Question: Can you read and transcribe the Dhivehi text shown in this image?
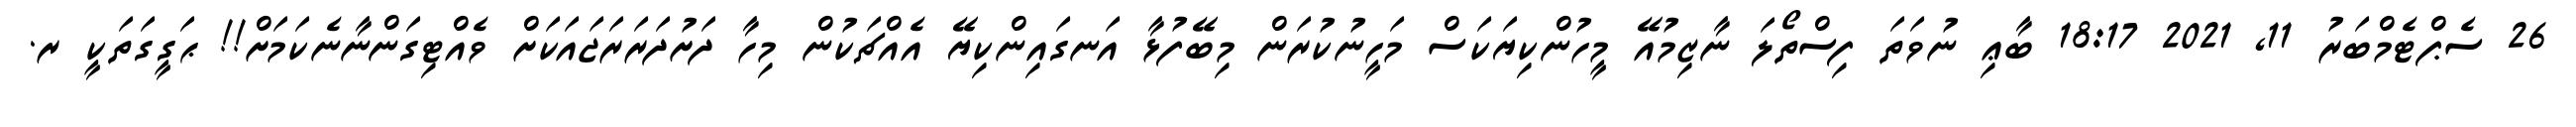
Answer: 26 ސެޕްޓެމްބަރު 11, 2021 18:17 ބާޢި ނުވަތަ ފިސްތޯލަ ނާޒިމުއޭ މީހުންކިޔަކަސް މަހީނުކުރަން މިބޭފުޅާ އަނގައިންކިޔޭ އެއްޗަކުން މިހާ ދަށުދަރަރަޖައަކަށް ވެއްޓިގަންނާނެކަމަށް!! ޙަގީގަތަކީ ރ.